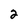
Character: 2